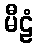
မီဠံ